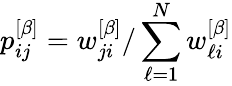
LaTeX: p_{ij}^{\left[\beta\right]}=w_{ji}^{\left[\beta\right]}/\sum_{\ell=1}^{N}w_{\ell i}^{\left[\beta\right]}